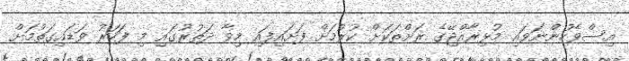
އިސްވެހުންނަވައި މުޅިރާއްޖޭގެ ރަށްތަކަށް ކުރުމަށް ފަށައިފައި މިވާ ދަތުރުގައި މި ފަހަރު ވަޑައިގަތުމަށް